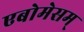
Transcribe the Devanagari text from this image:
एबोमेसम्